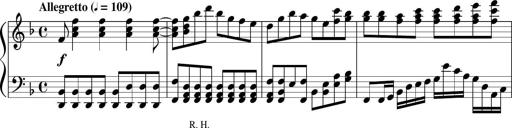
Title: Sonatina in F major
Composer: Ethan Ngo
Key: F major